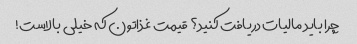
چرا باید مالیات دریافت کنید؟ قیمت غذاتون که خیلی بالاست!